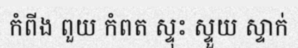
កំពីង ពួយ កំពត ស្ទុះ ស្ទួយ ស្ទាក់